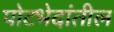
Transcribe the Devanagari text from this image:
पोटभेदांतील